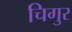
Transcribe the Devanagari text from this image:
चिगुर